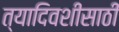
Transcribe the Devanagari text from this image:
त्यादिवशीसाठी